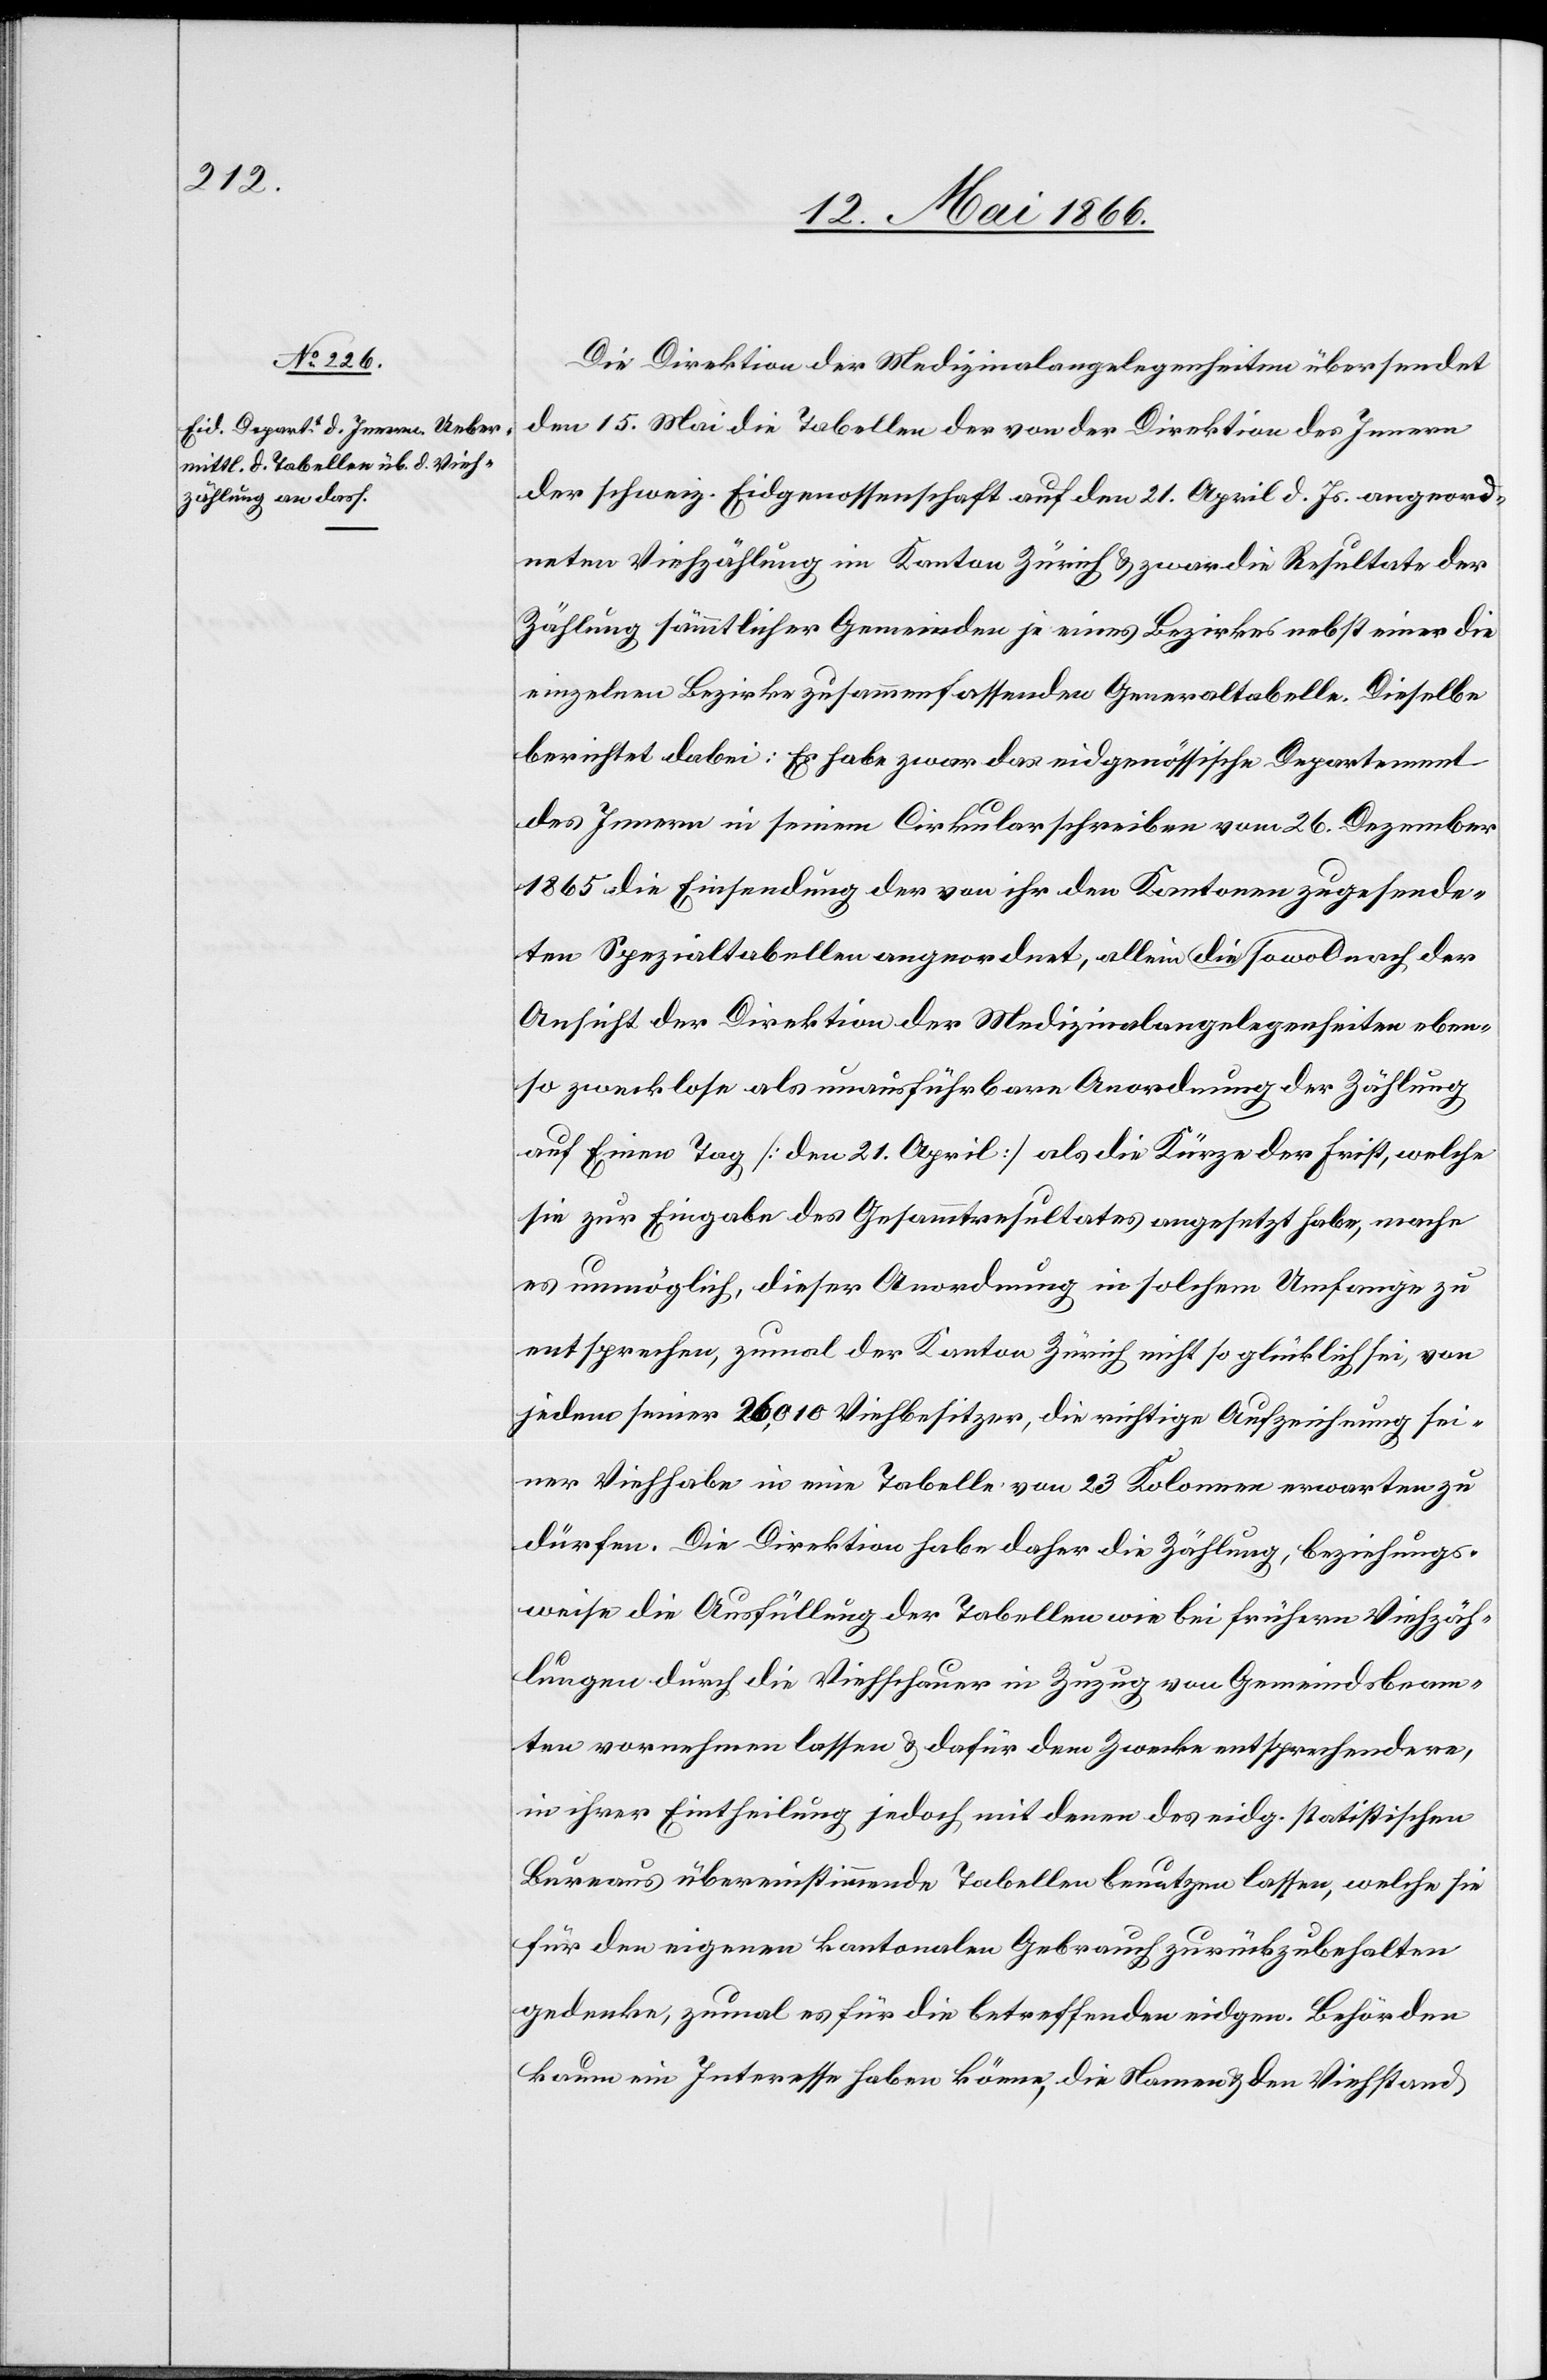
16. Mai 1866.]
Die Direktion der Medizinalangelegenheiten übersendet
den 15. Mai die Tabellen der von der Direktion [recte:
der schweiz. Eidgenossenschaft auf den 21. April d. Js. angeord¬
neten Viehzählung im Kanton Zürich u. zwar die Resultate der
Zählung sämmtlicher Gemeinden je eines Bezirkes nebst einer die
einzelnen Bezirke zusammenfassenden Generaltabelle. Dieselbe
berichtet dabei: Es habe zwar das eidgenössische Departement
des Innern in seinem Cirkularschreiben vom 26. Dezember
1865 die Einsendung der von ihr den Kantonen zugesende¬
ten Spezialtabellen angeordnet, allein sowol die nach der
Ansicht der Direktion der Medizinalangelegenheiten eben¬
so zwecklose als unausführliche Anordnung der Zählung
auf Einen Tag [den 21. April] als die Kürze der Frist, welche
sie zur Eingabe des Gesammtresultates angesetzt habe, mache
es unmöglich, dieser Anordnung in solchem Umfange zu
entsprechen, zumal der Kanton Zürich nicht so glücklich sei, von
jedem seiner 26 010 Viehbesitzer, die richtige Aufzeichnung sei¬
ner Viehhabe in eine Tabelle von 23 Kolonnen erwarten zu
dürfen. Die Direktion habe daher die Zählung, beziehungs¬
weise die Ausfüllung der Tabelle wie bei frühern Viehzäh¬
lungen durch die Viehschauer in Zuzug von Gemeindsbeam¬
ten vornehmen lassen u. dafür dem Zwecke entsprechendere,
in ihrer Eintheilung jedoch mit denen des eidg. statistischen
Bureaus übereinstimmende Tabellen benutzen lassen, welche sie
für den eigenen kantonalen Gebrauch zurückzubehalten
gedenke, zumal es für die bestreffenden eidgen. Behörden
kaum ein Interesse haben könne, die Namen u. den Viehstand